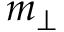
m _ { \perp }